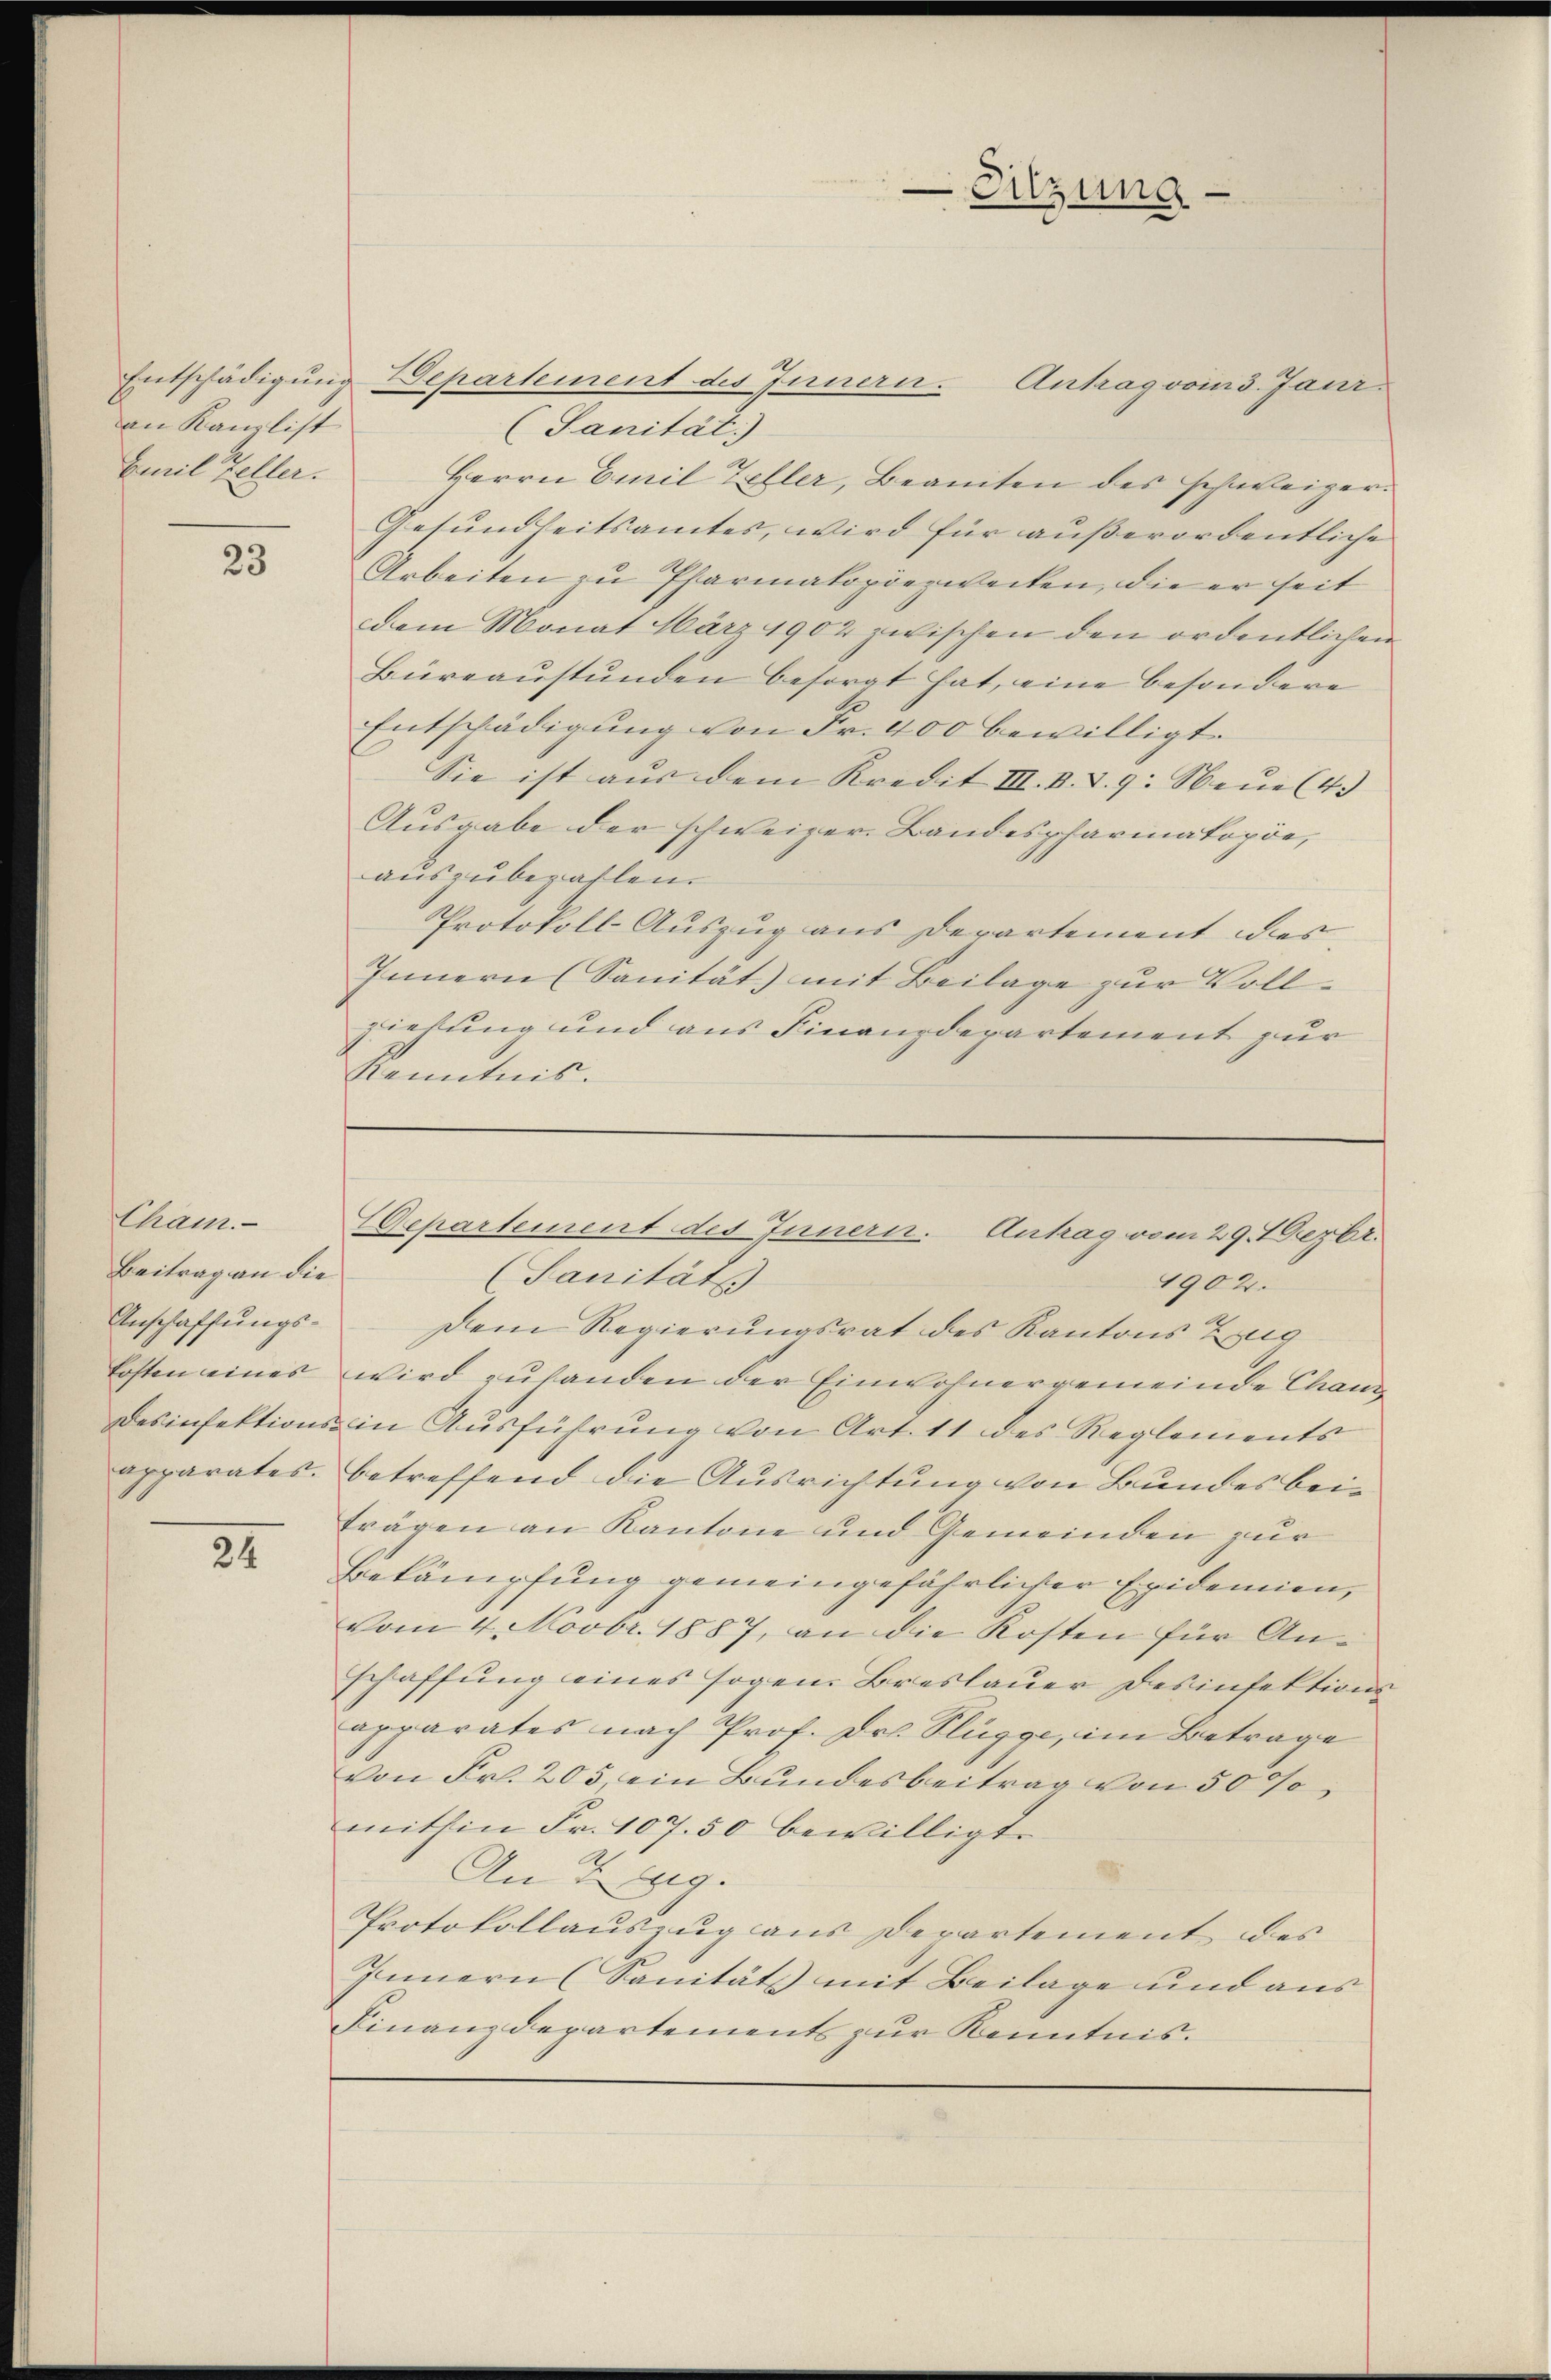
an Kanzlist
Emil Keller.

23

Cham.
Beitrag an die
Anschaffungs-
losten eines
apparates.

22

(Sanitäts
1902.
Dem Regierungsrat des Kantons Zug
wird zuhanden der Einwohnergemeinde Chanz
Desinfektions- in Ausführung von Art. 11 des Reglements
betreffend die Ausrichtung von Bundes beiträgen an Kantone und Gemeinden zur
Bekämpfung gemeingefährlicher Epidemien,
vom 4. Novbr. 1887, an die Kosten für Anschaffung eines sogen Breslauer desinfektions
apparates nach Prof. Dr. Flügge, im Betrage
von Fr. 205, ein Bundesbeitrag von 50 %
mithin Fr. 107. 50 bewilligte
An 7 2g.
Protokollauszug aus Departement des
Innern (Sanitäts mit Beilage und aus
Finanzdepartements zur Kenntnis.

Sitzung

Entschädigung Departement des Innern.
Antrag vom 3. Janr.
(Sanität)
Herrn Emil Zeller, Beamten des schweiger¬
Gesundheitsamtes, wird für außerordentliche
Arbeiten zu Pharmakopiezwecken, die er seit
dem Monat März 1902 zwischen den ordentlichen
Büreaŭstŭnden besorgt hat, eine besondere
Entschädigung von Fr. 400 bewilligt.
Sie ist aŭs dem Kredit III. B. d. 9. Neŭe (4.
Ausgabe der schweizer. Bandespharmakopöe,
auszubezahlen.
Protokoll Auszug aus Departement des
Innern (Sanität) mit Beilage zur Vollziehung und aus Finanzdepartement zur
Kenntnis.

Departement des Innern. Antrag vom 29. Dezbr.